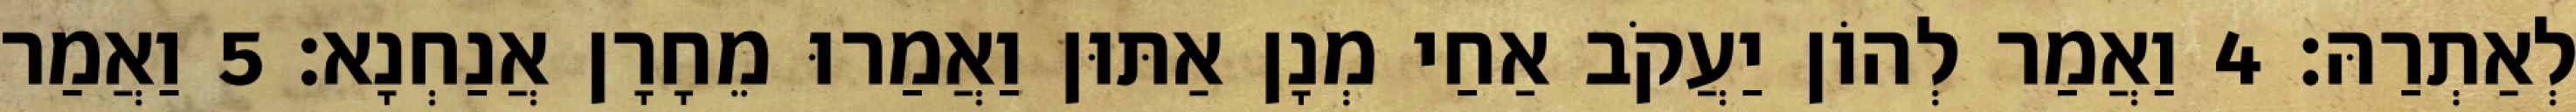
לְאַתְרַהּ׃ 4 וַאֲמַר לְהוֹן יַעֲקֹב אַחַי מְנָן אַתּוּן וַאֲמַרוּ מֵחָרָן אֲנַחְנָא׃ 5 וַאֲמַר